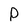
Character: P